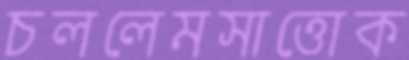
চললেমসাত্তোক